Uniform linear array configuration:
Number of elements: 16
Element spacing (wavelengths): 0.75
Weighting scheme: kaiser
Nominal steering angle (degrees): -60
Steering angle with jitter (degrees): -61.126
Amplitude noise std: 0.05
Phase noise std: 0.05

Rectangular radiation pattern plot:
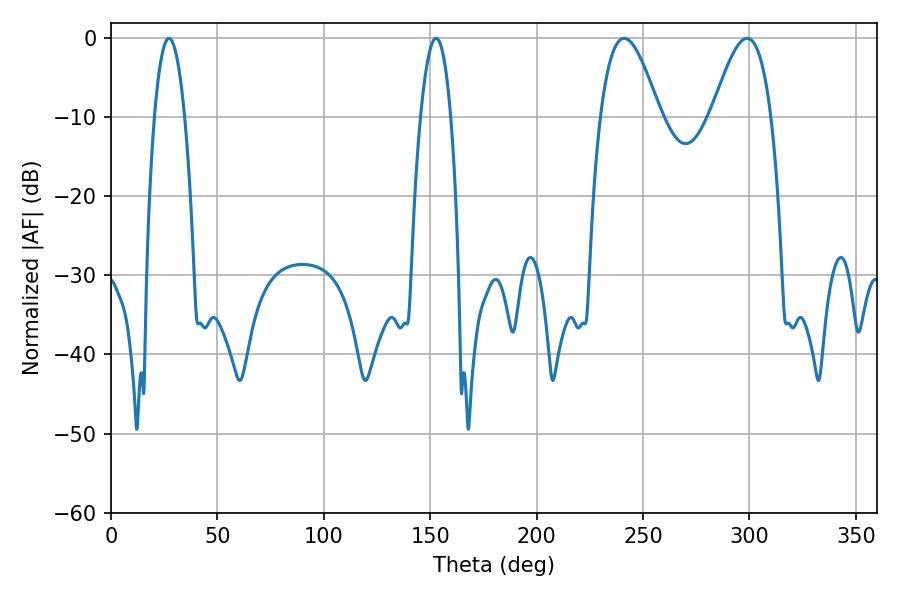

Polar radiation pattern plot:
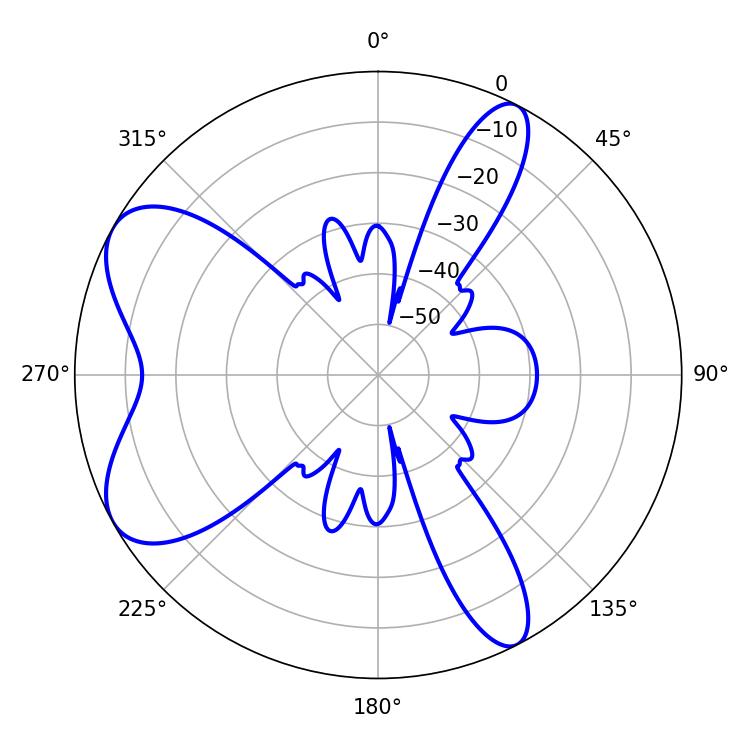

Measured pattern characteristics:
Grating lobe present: TRUE
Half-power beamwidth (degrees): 15.12
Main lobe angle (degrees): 241.02